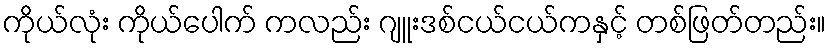
ကိုယ်လုံး ကိုယ်ပေါက် ကလည်း ဂျူးဒစ်ငယ်ငယ်ကနှင့် တစ်ဖြတ်တည်း။